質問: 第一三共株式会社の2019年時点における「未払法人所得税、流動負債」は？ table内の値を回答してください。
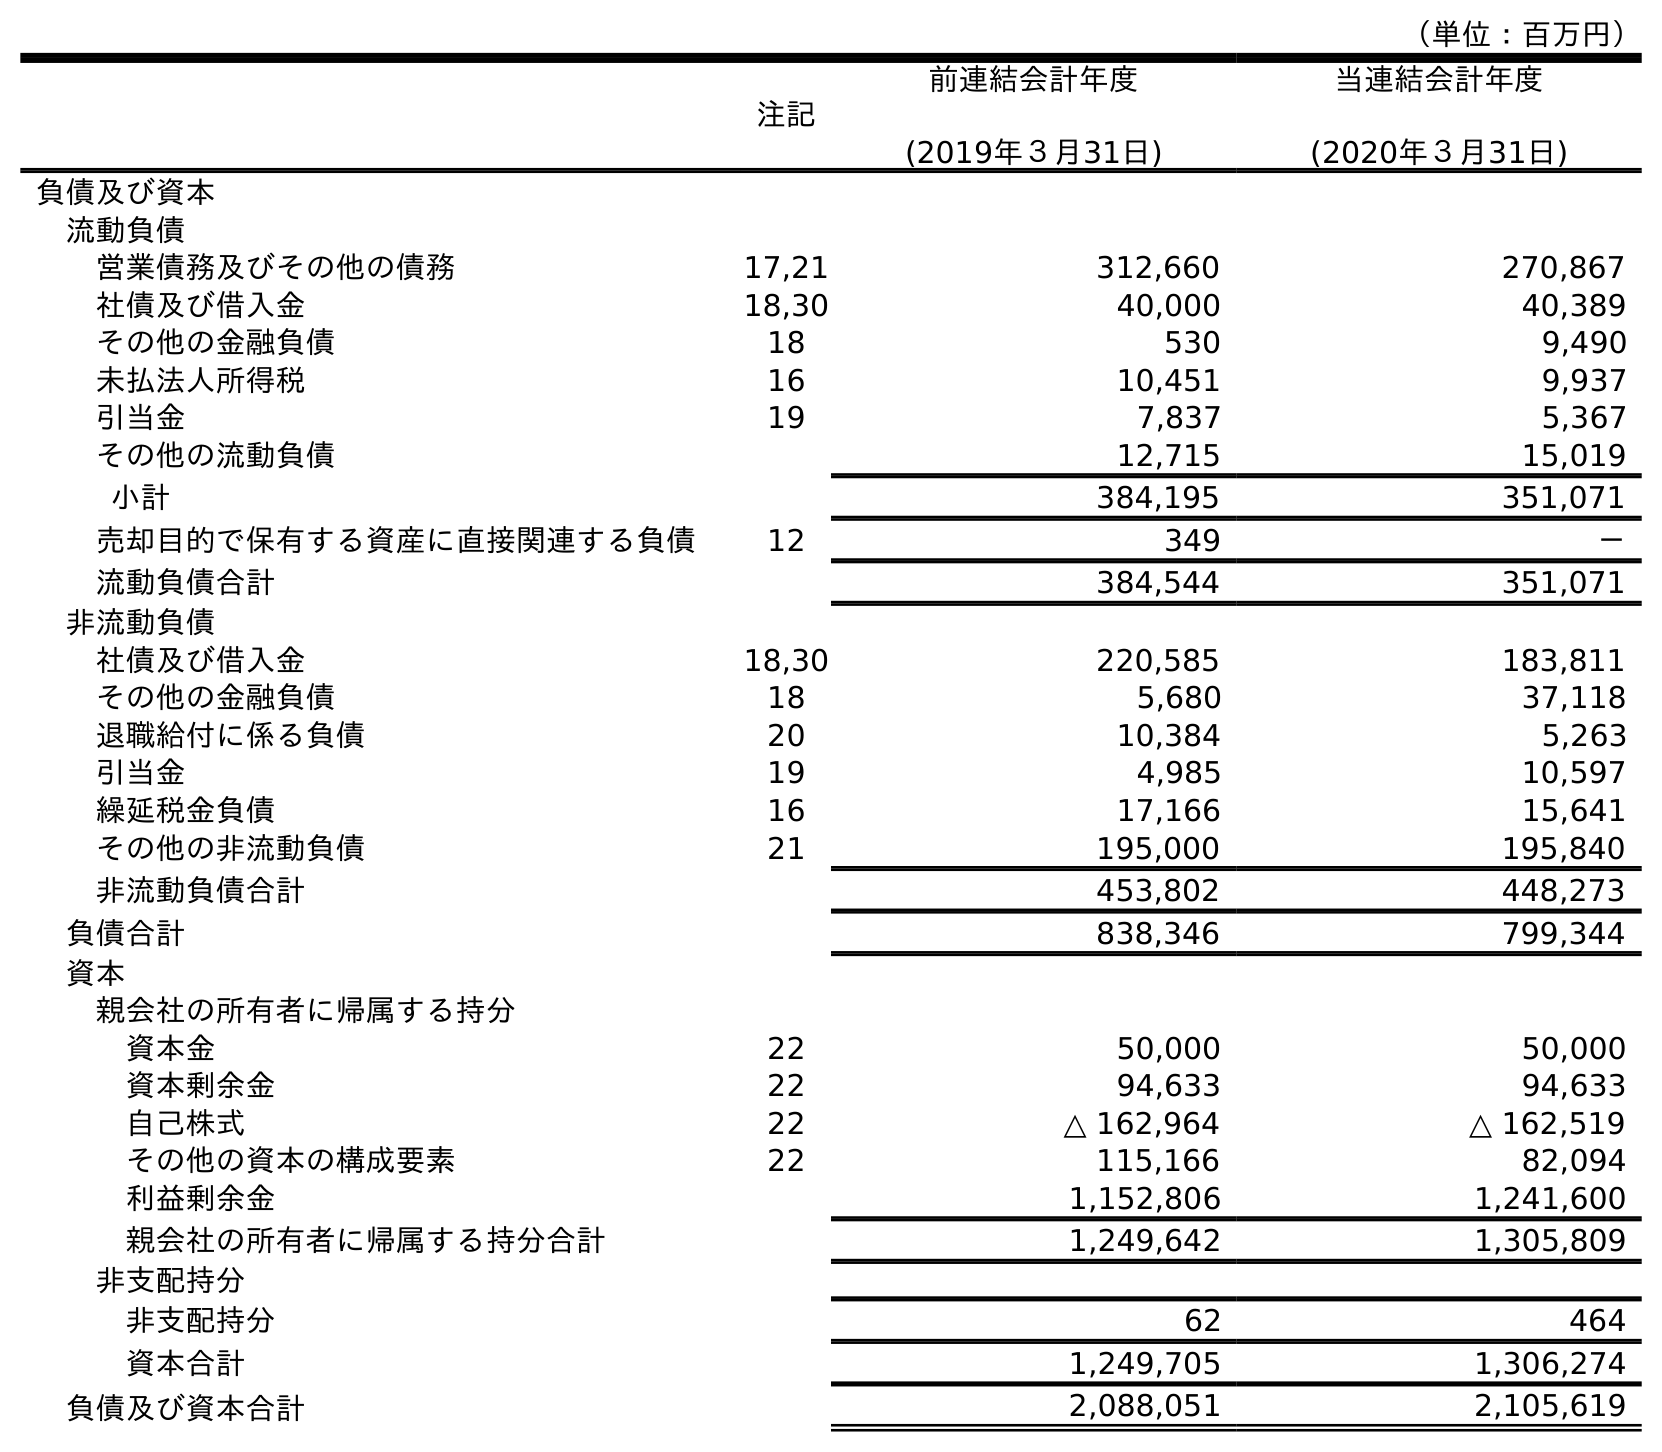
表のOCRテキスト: （単位：百万円） 注記 前連結会計年度 (2019年３月31日) 当連結会計年度 (2020年３月31日) 負債及び資本 流動負債 営業債務及びその他の債務 17,21 312,660 270,867 社債及び借入金 18,30 40,000 40,389 その他の金融負債 18 530 9,490 未払法人所得税 16 10,451 9,937 引当金 19 7,837 5,367 その他の流動負債 12,715 15,019 小計 384,195 351,071 売却目的で保有する資産に直接関連する負債 12 349 － 流動負債合計 384,544 351,071 非流動負債 社債及び借入金 18,30 220,585 183,811 その他の金融負債 18 5,680 37,118 退職給付に係る負債 20 10,384 5,263 引当金 19 4,985 10,597 繰延税金負債 16 17,166 15,641 その他の非流動負債 21 195,000 195,840 非流動負債合計 453,802 448,273 負債合計 838,346 799,344 資本 親会社の所有者に帰属する持分 資本金 22 50,000 50,000 資本剰余金 22 94,633 94,633 自己株式 22 △ 162,964 △ 162,519 その他の資本の構成要素 22 115,166 82,094 利益剰余金 1,152,806 1,241,600 親会社の所有者に帰属する持分合計 1,249,642 1,305,809 非支配持分 非支配持分 62 464 資本合計 1,249,705 1,306,274 負債及び資本合計 2,088,051 2,105,619
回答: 10,451